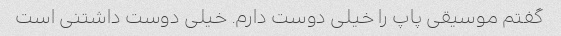
گفتم موسیقی پاپ را خیلی دوست دارم. خیلی دوست داشتنی است